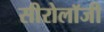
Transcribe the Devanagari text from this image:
सीरोलॉजी